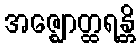
အဇ္ဈောတ္ထရန္တိ